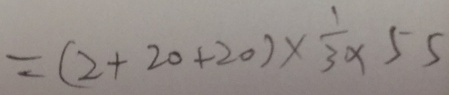
= ( 2 + 2 0 + 2 0 ) \times \frac { 1 } { 3 } \times 5 5